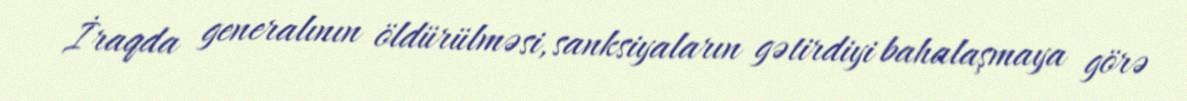
İraqda generalının öldürülməsi, sanksiyaların gətirdiyi bahalaşmaya görə